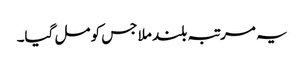
یہ مرتبہ بلند ملا جس کو مل گیا۔